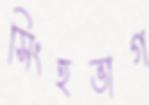
সিংহভাগ